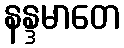
နန္ဒမာတေ